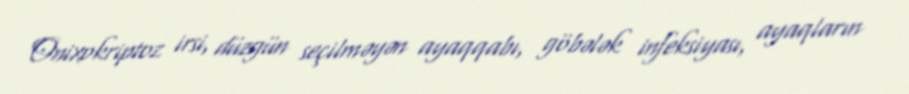
Onixokriptoz irsi, düzgün seçilməyən ayaqqabı, göbələk infeksiyası, ayaqların